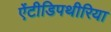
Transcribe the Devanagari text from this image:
ऐंटीडिपथीरिया